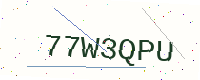
Text: 77W3QPU